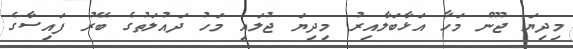
މިދިޔަ ޖޫން މަހާ އަޅާބަލާއިރު މިދިޔަ ޖުލައި މަހު ދައުލަތުގެ ބޭރު ފައިސާގެ